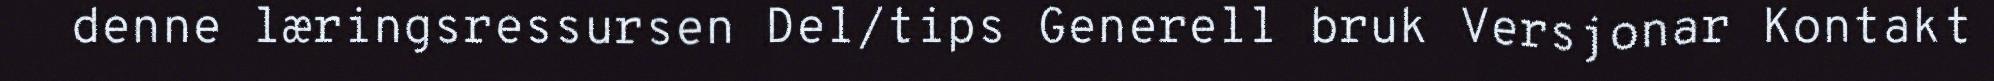
denne læringsressursen Del/tips Generell bruk Versjonar Kontakt